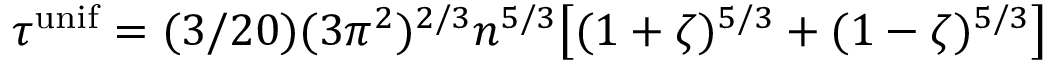
\tau ^ { \mathrm { u n i f } } = ( 3 / 2 0 ) ( 3 \pi ^ { 2 } ) ^ { 2 / 3 } n ^ { 5 / 3 } \big [ ( 1 + \zeta ) ^ { 5 / 3 } + ( 1 - \zeta ) ^ { 5 / 3 } \big ]